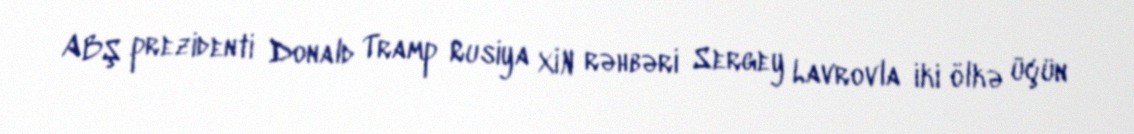
ABŞ prezidenti Donald Tramp Rusiya XİN rəhbəri Sergey Lavrovla iki ölkə üçün